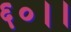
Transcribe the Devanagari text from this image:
६०।।